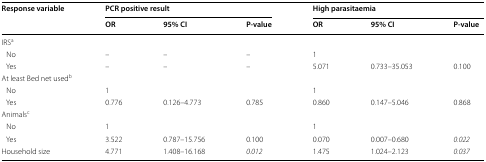
<table><thead><tr><td rowspan="2"><b>Response variable</b></td><td colspan="3"><b>PCR positive result</b></td><td colspan="3"><b>High parasitaemia</b></td></tr><tr><td><b>OR</b></td><td><b>95% CI</b></td><td><b>P-value</b></td><td><b>OR</b></td><td><b>95% CI</b></td><td><b>P-value</b></td></tr></thead><tbody><tr><td colspan="7">IRS<sup>a</sup></td></tr><tr><td> No</td><td>–</td><td>–</td><td>–</td><td>1</td><td></td><td></td></tr><tr><td> Yes</td><td>–</td><td>–</td><td>–</td><td>5.071</td><td>0.733–35.053</td><td>0.100</td></tr><tr><td colspan="7">At least Bed net used<sup>b</sup></td></tr><tr><td> No</td><td>1</td><td></td><td></td><td>1</td><td></td><td></td></tr><tr><td> Yes</td><td>0.776</td><td>0.126–4.773</td><td>0.785</td><td>0.860</td><td>0.147–5.046</td><td>0.868</td></tr><tr><td colspan="7">Animals<sup>c</sup></td></tr><tr><td> No</td><td>1</td><td></td><td></td><td>1</td><td></td><td></td></tr><tr><td> Yes</td><td>3.522</td><td>0.787–15.756</td><td>0.100</td><td>0.070</td><td>0.007–0.680</td><td><i>0.022</i></td></tr><tr><td>Household size</td><td>4.771</td><td>1.408–16.168</td><td><i>0.012</i></td><td>1.475</td><td>1.024–2.123</td><td><i>0.037</i></td></tr></tbody></table>